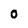
Character: 0